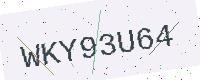
Text: WKY93U64